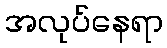
အလုပ်နေရာ